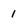
Character: 1